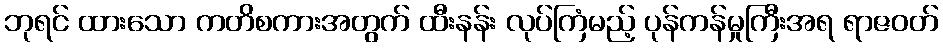
ဘုရင် ထားသော ကတိစကားအတွက် ထီးနန်း လုပ်ကြံမည့် ပုန်ကန်မှုကြီးအရ ရာဇဝတ်